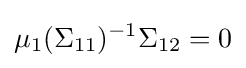
\mu _{1}(\Sigma _{11})^{-1}\Sigma _{12}=0